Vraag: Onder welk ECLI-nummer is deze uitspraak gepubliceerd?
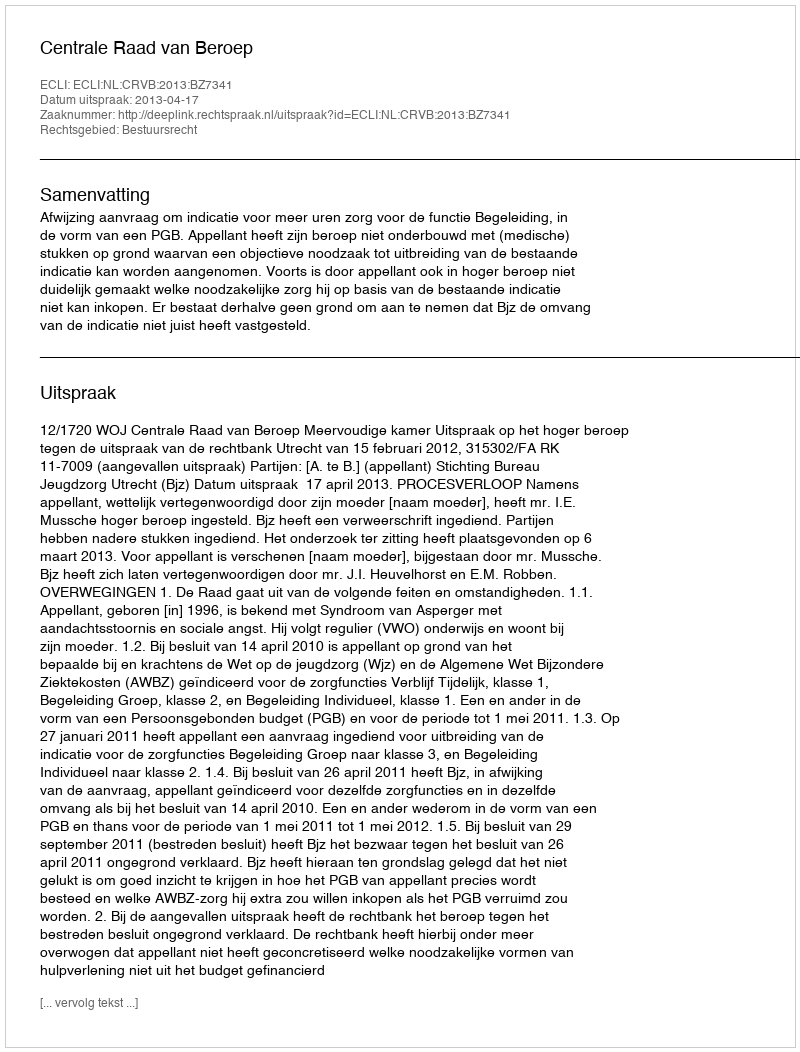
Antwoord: ECLI:NL:CRVB:2013:BZ7341